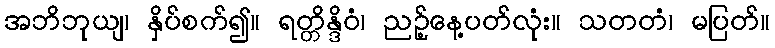
အဘိဘုယျ၊ နှိပ်စက်၍။ ရတ္တိန္ဒိဝံ၊ ညဉ့်နေ့ပတ်လုံး။ သတတံ၊ မပြတ်။